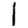
Digit: 1